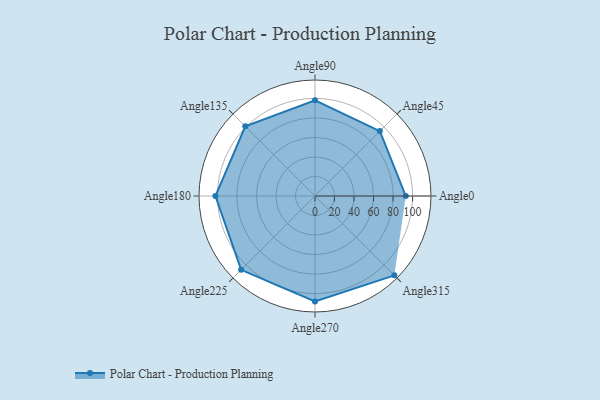
{"axis": {"x": "Angle", "y": "Radius"}, "legend": [""], "data": [{"x": "Angle0", "y": 93.0, "type": ""}, {"x": "Angle45", "y": 94.0, "type": ""}, {"x": "Angle90", "y": 98.0, "type": ""}, {"x": "Angle135", "y": 101.0, "type": ""}, {"x": "Angle180", "y": 102.0, "type": ""}, {"x": "Angle225", "y": 107.0, "type": ""}, {"x": "Angle270", "y": 108.0, "type": ""}, {"x": "Angle315", "y": 115.0, "type": ""}]}